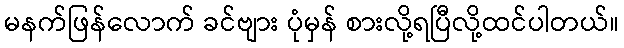
မနက်ဖြန်လောက် ခင်ဗျား ပုံမှန် စားလို့ရပြီလို့ထင်ပါတယ်။